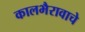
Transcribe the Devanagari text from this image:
कालभैरावाचे